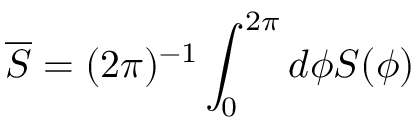
\overline { S } = ( 2 \pi ) ^ { - 1 } \int _ { 0 } ^ { 2 \pi } d \phi S ( \phi )